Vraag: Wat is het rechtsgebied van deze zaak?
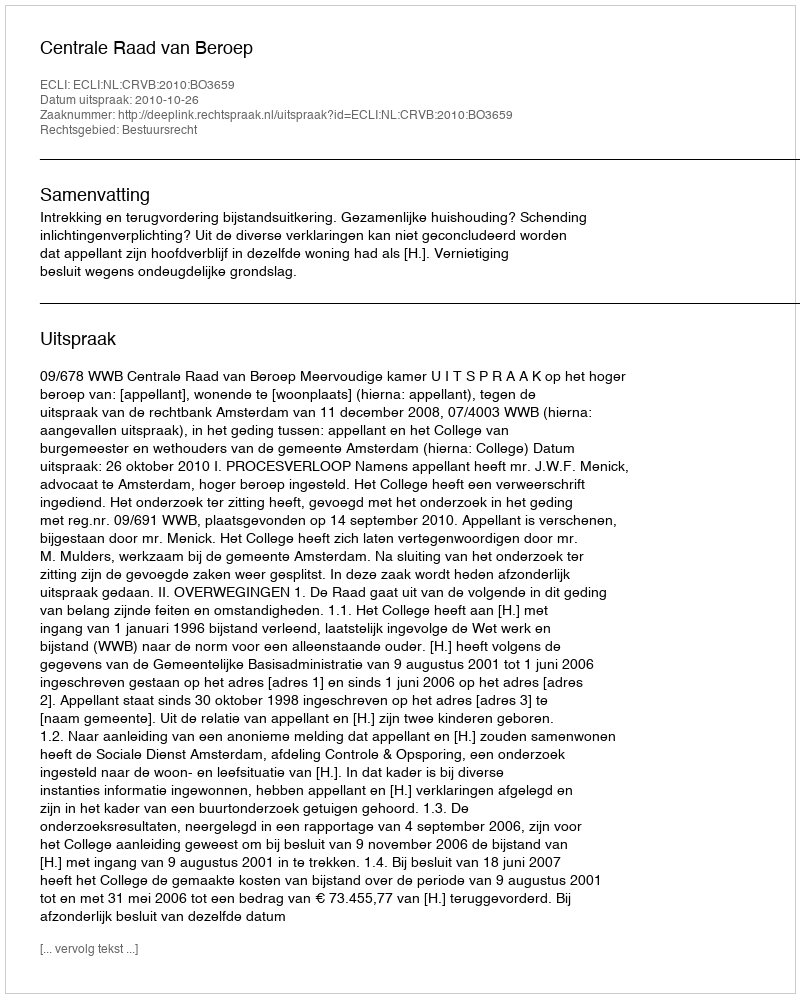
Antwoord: Bestuursrecht